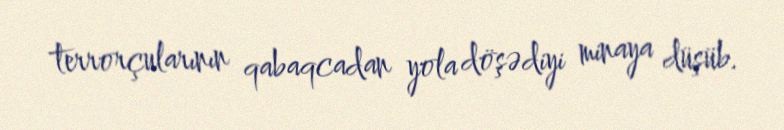
terrorçularının qabaqcadan yola döşədiyi minaya düşüb.